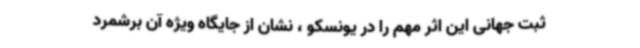
ثبت جهانی این اثر مهم را در یونسکو ، نشان از جایگاه ویژه آن برشمرد